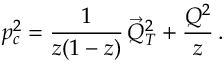
p _ { c } ^ { 2 } = \frac { 1 } { z ( 1 - z ) } \, \vec { Q } _ { T } ^ { 2 } + \frac { Q ^ { 2 } } { z } \, .